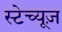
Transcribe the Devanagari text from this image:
स्टेच्यूज़